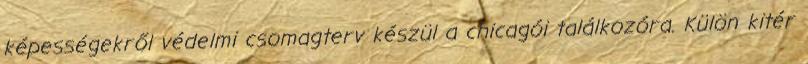
képességekről védelmi csomagterv készül a chicagói találkozóra. Külön kitér